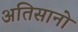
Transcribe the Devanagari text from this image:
अतिसानो